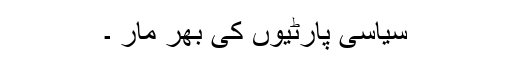
سیاسی پارٹیوں کی بھر مار ۔